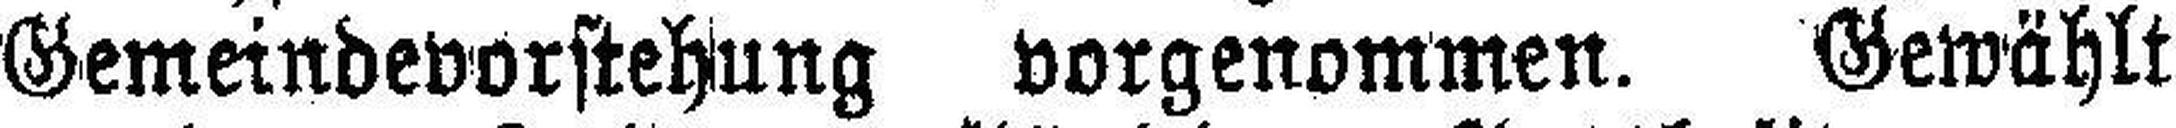
Gemeindevorstehung vorgenommen. Gewählt